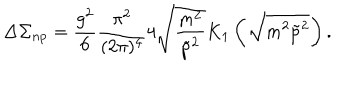
\Delta \Sigma _ { n p } = \frac { g ^ { 2 } } 6 \frac { \pi ^ { 2 } } { ( 2 \pi ) ^ { 4 } } 4 \sqrt { \frac { m ^ { 2 } } { \tilde { p } ^ { 2 } } } K _ { 1 } \left( \sqrt { m ^ { 2 } \tilde { p } ^ { 2 } } \right) .